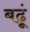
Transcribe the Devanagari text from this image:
बढ़ूं